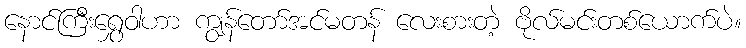
နောင်ကြီးရွှေဝါဟာ ကျွန်တော်အင်မတန် လေးစားတဲ့ ဗိုလ်မင်းတစ်ယောက်ပဲ။